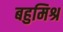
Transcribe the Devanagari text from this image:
बहुमिश्र